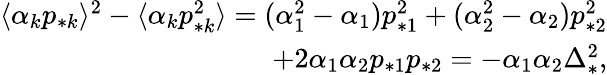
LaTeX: \begin{array}{r}{\langle\alpha_{k}p_{*k}\rangle^{2}-\langle\alpha_{k}p_{*k}^{2}\rangle=(\alpha_{1}^{2}-\alpha_{1})p_{*1}^{2}+(\alpha_{2}^{2}-\alpha_{2})p_{*2}^{2}}\\ {+2\alpha_{1}\alpha_{2}p_{*1}p_{*2}=-\alpha_{1}\alpha_{2}\Delta_{*}^{2},}\end{array}